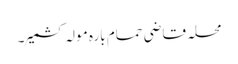
محلہ قاضی حمام بارہ مولہ کشمیر۔